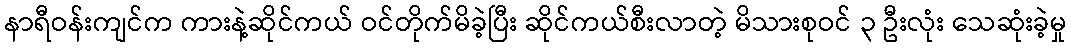
နာရီဝန်းကျင်က ကားနဲ့ဆိုင်ကယ် ဝင်တိုက်မိခဲ့ပြီး ဆိုင်ကယ်စီးလာတဲ့ မိသားစုဝင် ၃ ဦးလုံး သေဆုံးခဲ့မှု